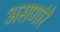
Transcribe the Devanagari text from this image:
असणांरे